Sanitation, dispensaries and jails vaccination Rajputana 1922-1927 - 1922-1927
Year: 1922
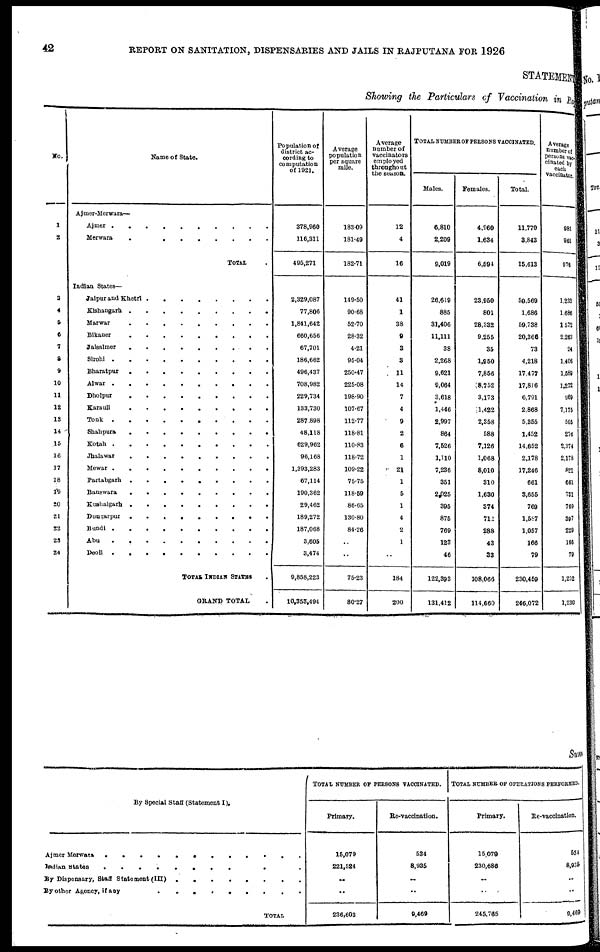
42
REPORT ON SANITATION, DISPENSARIES AND JAILS IN RAJPUTANA FOR 1926
STATEMENT
Showing the Particulars of Vaccination in Raj
No.
1
2
3
4
5
6
7
8
9
10
11
12
13
14
15
18
17
18
19
20
21
22
23
24
Name of State.
Ajmer-Merwara—
Ajmer ..........
Merwara ........
TOTAL .
Indian States—
Jaipur and Khetri
Kishangarh
Marwar
Bikaner
Jaisalmer
........
Sirohi
Bharatpur
Alwar
Dholpur
Karauli
.........
Tonk
Shahpura
Kotah
Jhalawar
Mewar
Partabgarh
.........
Banswara
Kushalgarh
.........
Dungarpur .........
Bundi
Abu
Deoli
TOTAL INDIAN STATES.
GRAND TOTAL .
Population of
district ac-
cording to
computation
of 1921.
378,960
116,311
495,271
2,329,087
77,806
1,841,642
660,656
67,701
186,662
496,437
708,982
229,734
133,730
287,898
48,118
629,962
96,168
1,393,283
67,114
190,362
29,462
189,272
187,068
3,605
3,474
9,858,223
10,353,494
Average
population
per square
mile.
183.09
181.49
182.71
149.50
90.68
52.70
28.32
4.21
95.04
250.47
225.08
198.90
107.67
112.77
118.81
110.83
118.72
109.22
75.75
118.59
86.65
130.80
84.26
..
..
75.23
80.27
Average
number of
vaccinators
employed
throughout
the season.
12
4
16
41
1
38
9
3
3
11
14
7
4
9
2
6
1
21
1
5
1
4
2
1
..
184
200
TOTAL NUMBER OF PERSONS VACCINATED.
Males.
6,810
2,209
9,019
26,619
885
31,406
11,111
38
2,268
9,621
9,064
3,618
1,446
2,997
864
7,526
1,110
7,236
351
2,025
395
875
769
123
46
122,393
131,412
Females.
4,960
1,634
6,594
23,950
801
28,332
9,255
35
1,950
7,856
8,752
3,173
1,422
2,358
588
7,126
1,068
8,010
310
1,630
374
712
288
43
33
108,066
114,660
Total.
11,770
3,843
15,613
50,569
1,686
59,738
20,366
73
4,218
17,477
17,816
6,791
2,868
5,355
1,452
14,652
2,178
17,246
661
3,655
769
1,587
1,057
166
79
230,469
246,072
Average
number of
persons vac-
cinated by
each
vaccinator.
981
961
976
1,233
1,686
1572
2,263
24
1,406
1,589
1,272
969
7,176
595
276
2,374
2,178
821
661
731
769
397
229
166
79
1,252
1,230
Sum
By Special Staff (Statement I).
Ajmer Merwara ..........
Indian states
.........
By dispensary, staff statement (III)........
By other Agency if any .........
TOTAL .
TOTAL NUMBER OF PERSONS VACCINATED.
Primary.
15,079
221,524
..
..
236,603
Be-vaccination.
534
8,935
..
..
9,469
TOTAL NUMBER OF OPERATIONS PERFORMED.
Primary.
15,079
230,686
..
..
245,765
Re-vaccination.
534
8,936
..
..
9,469